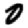
Digit: 0